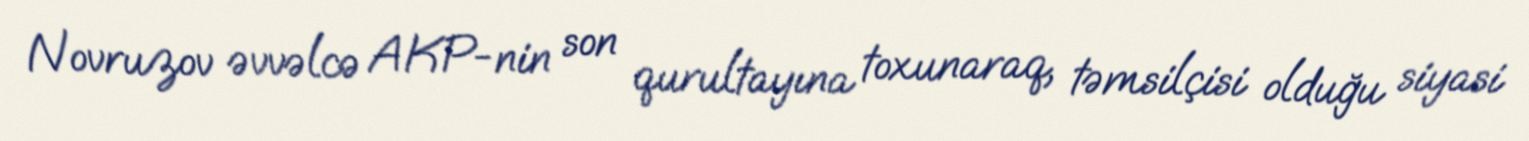
Novruzov əvvəlcə AKP-nin son qurultayına toxunaraq, təmsilçisi olduğu siyasi